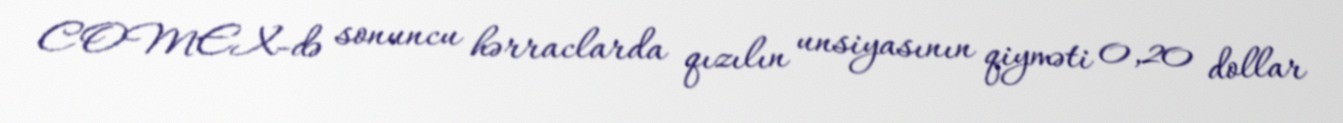
COMEX-də sonuncu hərraclarda qızılın unsiyasının qiyməti 0,20 dollar